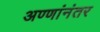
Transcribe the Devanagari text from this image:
अण्णांनंतर